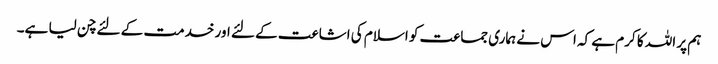
ہم پر اللہ کا کرم ہے کہ اس نے ہماری جماعت کو اسلام کی اشاعت کے لئے اور خدمت کے لئے چن لیا ہے۔